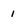
Character: 1